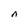
Character: n